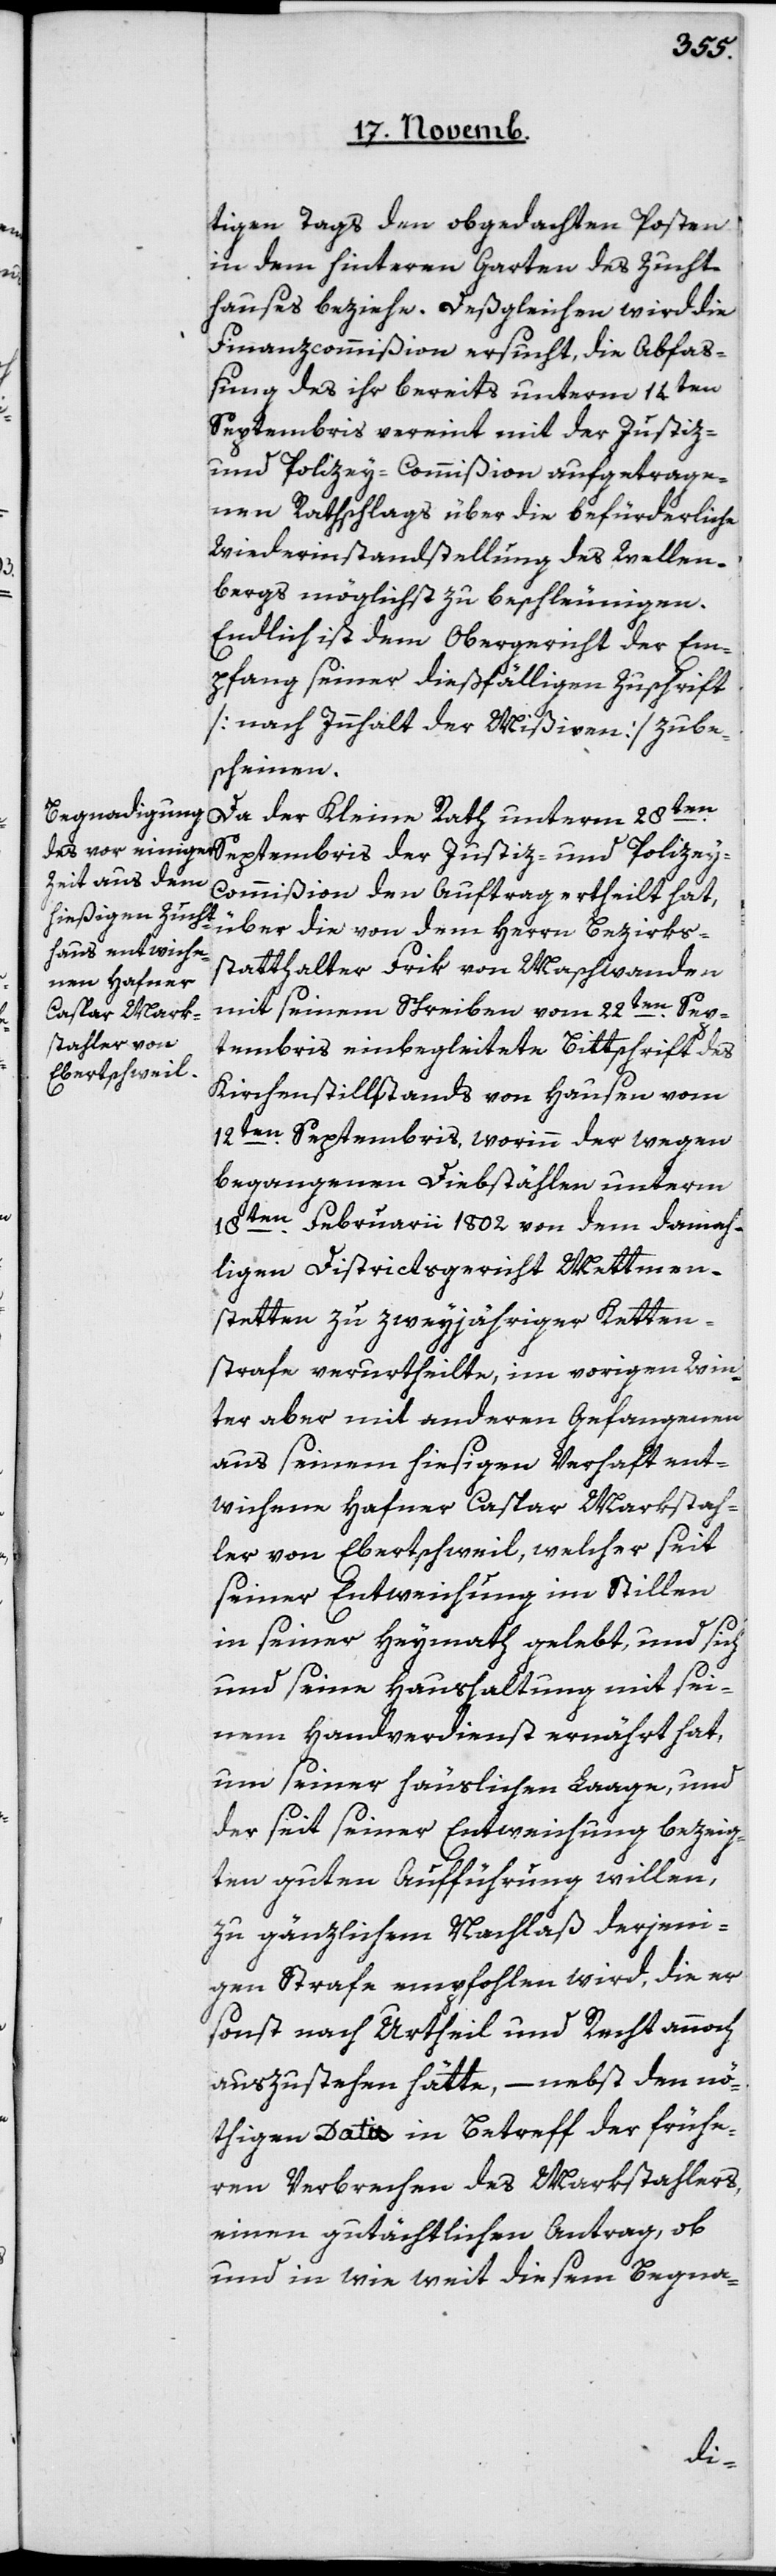
tigen Tags den obgedachten Posten
in dem hinteren Garten des Zucht¬
hauses beziehe. Deßgleichen wird die
Finanzcommißion ersucht, die Abfaß¬
ung des ihr bereits unterm 14ten
Septembris vereint mit der Justiz-
und Polizey-Commißion den Auftrag
nen Rathschlags über die befürderliche
Wiederinstandstellung des Wellen¬
bergs möglichst zu beschleunigen.
Endlich ist dem Obergericht der Em¬
pfang seiner dießfälligen Zuschrift
[nach Innhalt der Mißiven] zu be¬
scheinen.
Da der Kleine Rath unterm 28ten
über die von dem Herrn Bezirks¬
statthalter Frik von Maschwanden
mit seinem Schreiben vom 22ten Sep¬
tembris einbegleitete Bittschrift des
Kirchenstillstands von Hausen vom
12ten Septembris, worinn der wegen
begangenen Diebstählen unterm
18ten Februarii 1802 von dem damah¬
ligen Districtsgericht Mettmen¬
stetten zu zweyjähriger Ketten¬
strafe verurtheilte, im vorigen Win¬
ter aber mit anderen Gefangenen
aus seinem hiesigen Verhaft ent¬
wichene Hafner Caspar Markstah¬
ler von Ebertschweil, welcher seit
seiner Entweichung im Stillen
in seiner Heymath gelebt und sich
und seine Haushaltung mit sei¬
nem Handverdienst ernährt hat,
um seiner häuslichen Lage und
der seit seiner Entweichung bezeug¬
ten guten Aufführung willen,
zu gänzlichem Nachlaß derjeni¬
gen Strafe empfohlen wird, die er
sonst nach Urtheil und Recht annoch
auszustehen hätte, – nebst den nö¬
thigen Dati in Betreff der frühe¬
ren Verbrechen des Markstahlers,
einen gutächtlichen Antrag, ob
und in wie weit diesem Begna-
der